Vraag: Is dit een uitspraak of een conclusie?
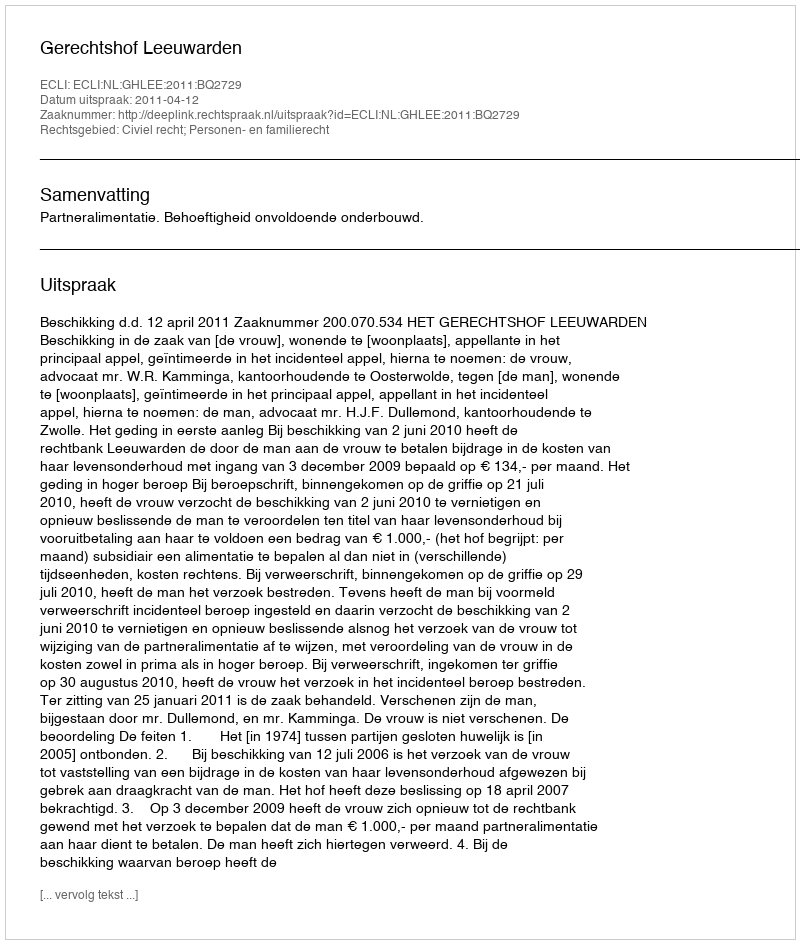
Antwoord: Uitspraak